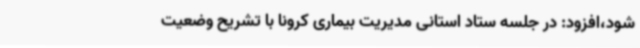
شود،افزود: در جلسه ستاد استانی مدیریت بیماری کرونا با تشریح وضعیت